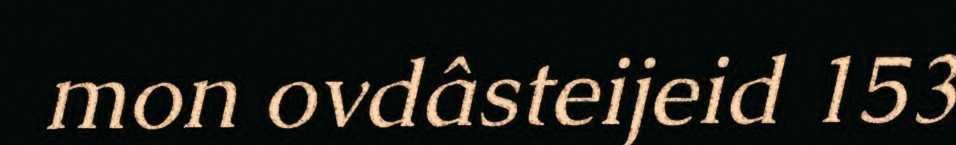
mon ovdâsteijeid 153